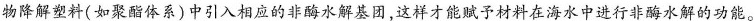
物降解塑料(如聚酯体系)中引入相应的非酶水解基团，这样才能赋予材料在海水中进行非酶水解的功能。